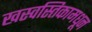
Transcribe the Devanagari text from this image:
खस्वस्तिकामधून